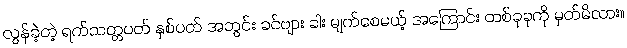
လွန်ခဲ့တဲ့ ရက်သတ္တပတ် နှစ်ပတ် အတွင်း ခင်ဗျား ခါး မျက်စေမယ့် အကြောင်း တစ်ခုခုကို မှတ်မိလား။